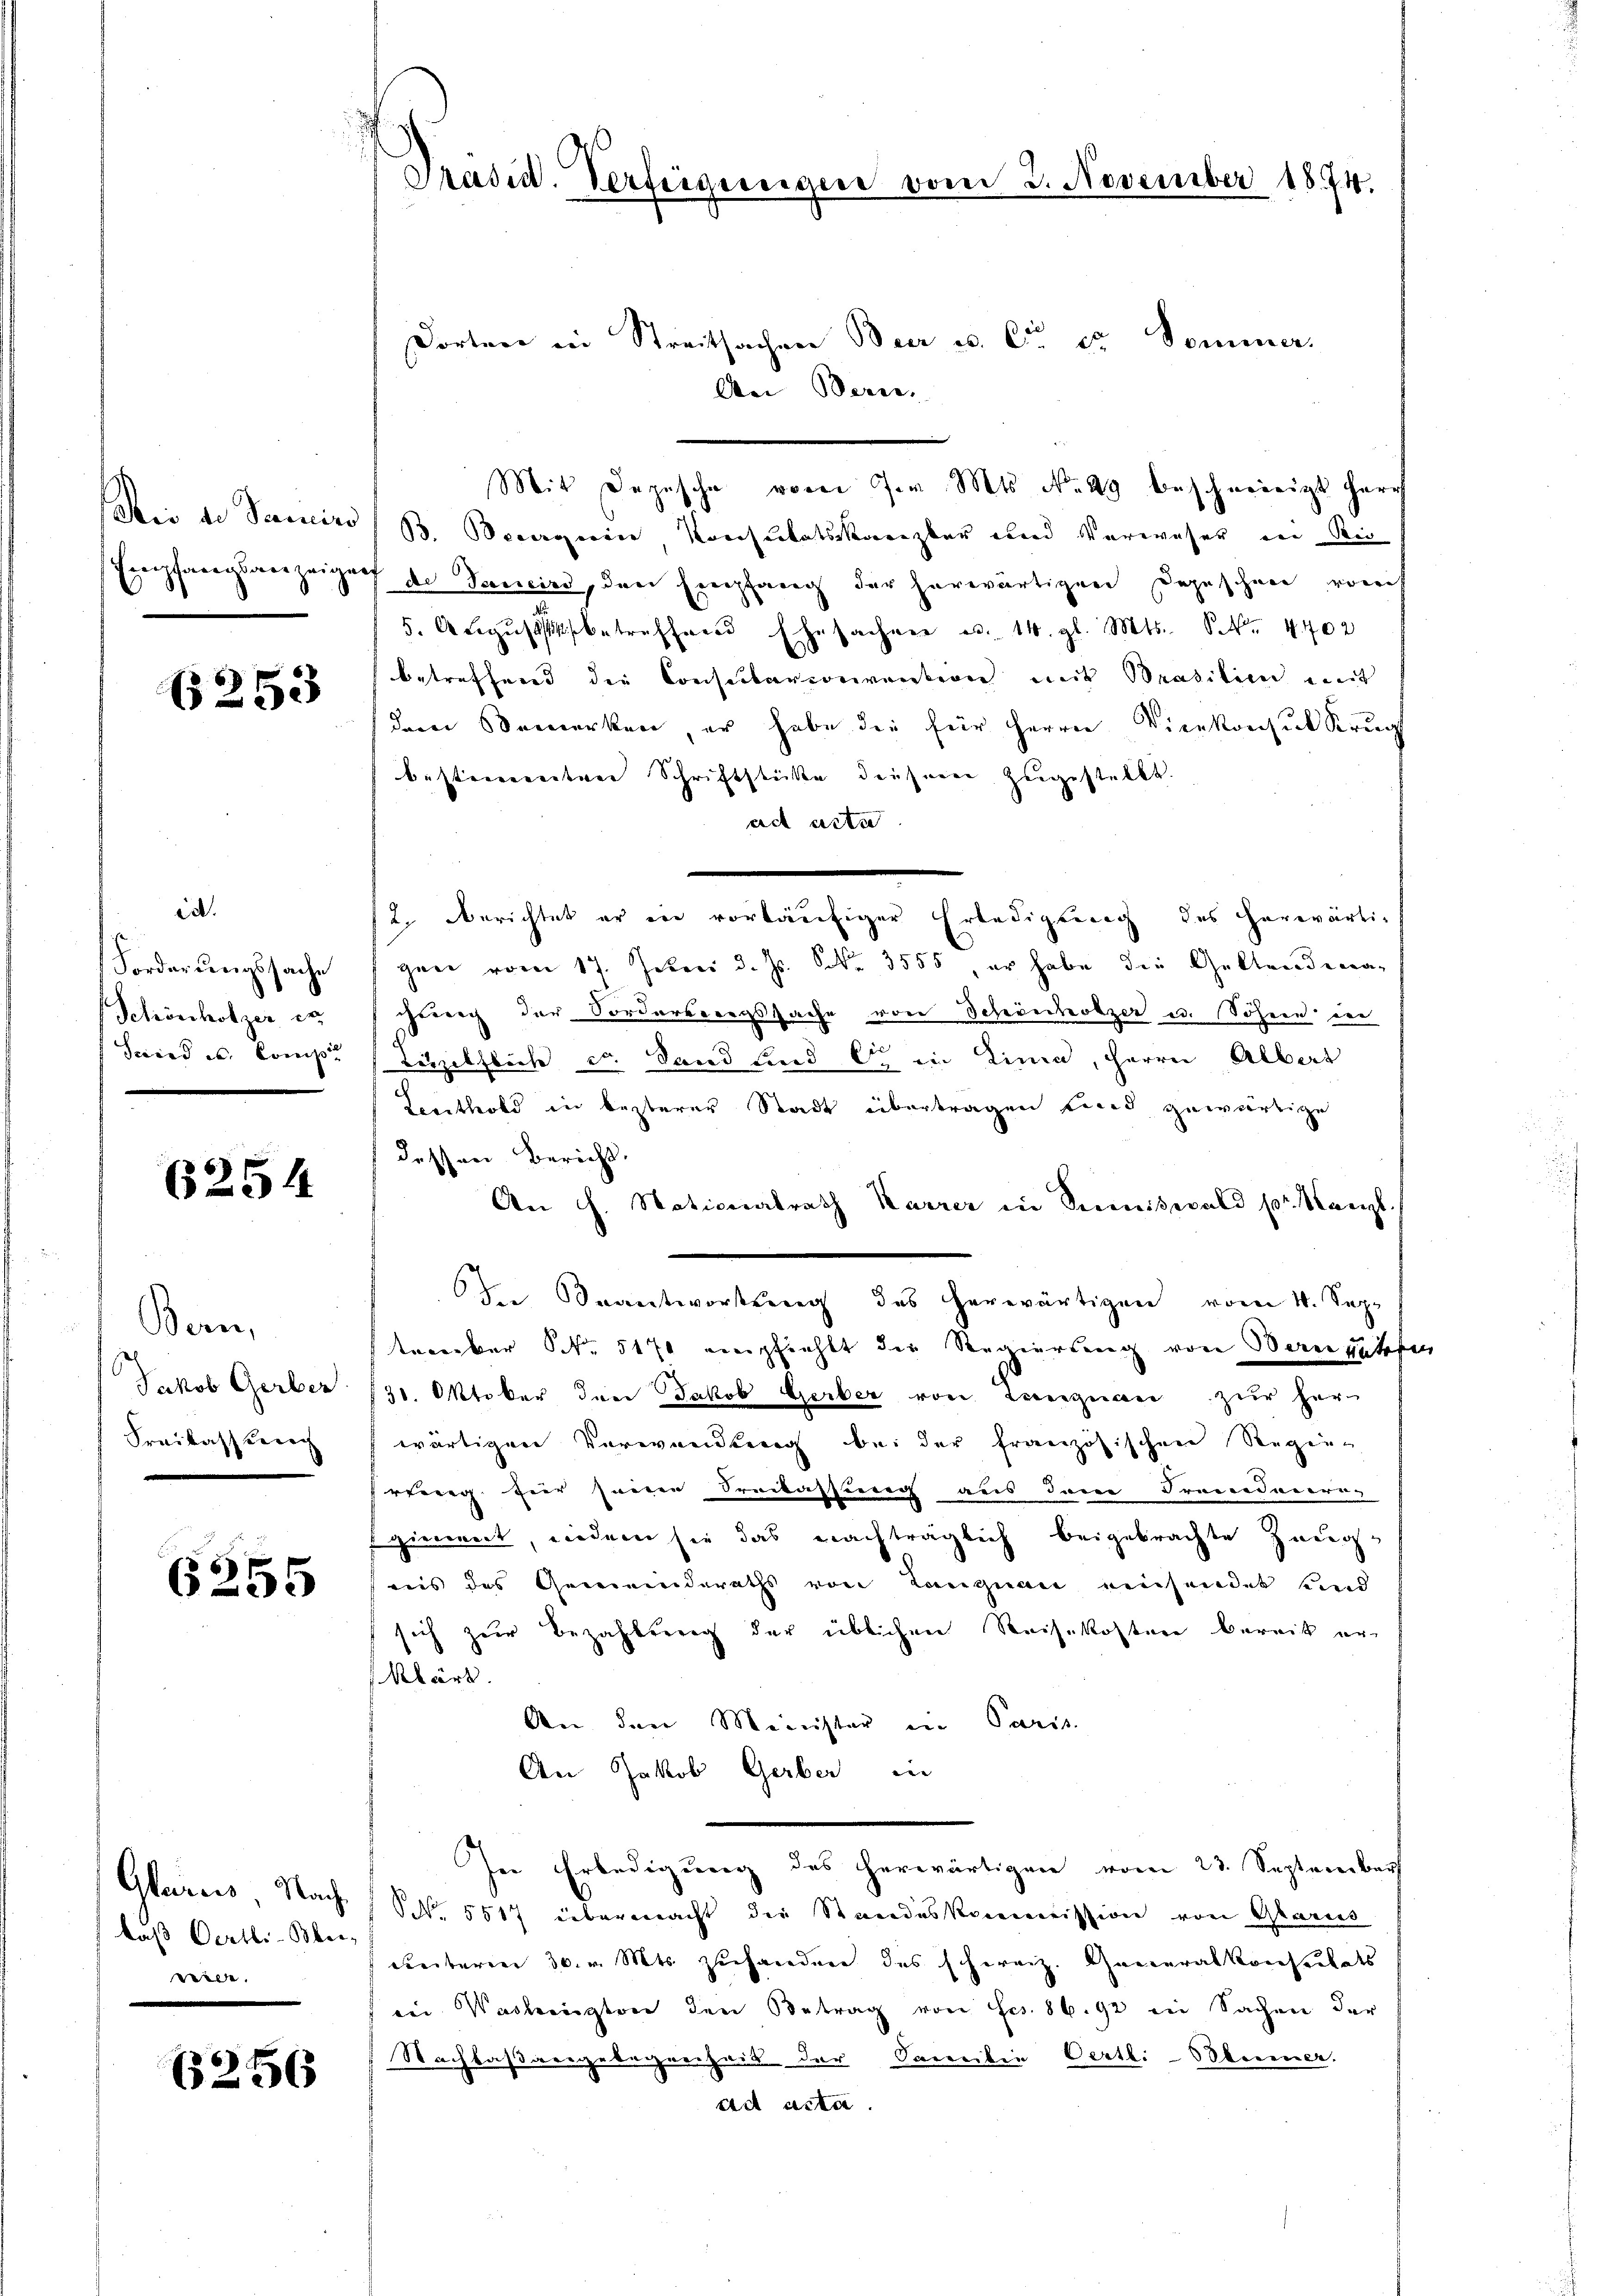
Seis de Semirs
Empfangsanzeige

(253

id.
Forderungssache
Schönholzer et
Seid es. Comp.

6254

Bern,
Jakob Gerber
Freilassung

6255

Glarus Nach
daß Oertli-Blei-
wiede

6256

Präsid. Verfügungen vom 2. November 1874.

Dorten in Streitsachen Beer u. Ce dr Sommer.
An Bern.
Mit Depesche vom J. Mts. No 49 beschweinigt harr
33. Decorgerin, Konsulatskanzler und Verweser in Rec
 de Janeird, den Empfang der herwärtigen Depeschen voreif
5. Aŭgŭst betreffend Ehesachen u. 14. gl. Mts. S. 4402
betreffend die Consurbarorverstern mit Brasilien mit
dem Bemerken er habe die für Herrn Vicekonsul Kruch
bestimmten Schriftstückte dieserer zugestellt.
ad acta
2. berichtet er in vorläufiger Erledigung des herwärti-
gen vom 17. Jetri d. Js. S. 3555, er habe die Geltendenachtung der Forderbergssache von Schönholzer u. Söhne die
Züzilflich so. Sand lind er in Lina, Herrn Albert
Leuthold in besterer Stadt übertragen sind gewärtige
dessen Bericht.
An h. Nationalrath Karrer in Summiswald pr. Kanzl.
der Beantwortung des herwärtigen vom 4. Sep¬
Necember S. 517 empfiehlt die Regierung von Bernhatten
31. Oktober den Jakob Gerber von Langnau zur her-
wärtigen Verwendung bei der französischen Regieeg für seine Seilassung aus deine Franederru
fierrret, indem sie das nachträglich beigebrachte Zeugais des Gemeinderaths von Langnau einsendet sind
sich zur Bezahlberg der üblichen Reisekosten bereit er-
klärt.
An den Minister ein Paris
An Jakob Gerber in
Ie Erledigung des herwärtigen vom 23. September
NNr. 5517 übermacht die Standeskommission von Glarus
Freiterner 30. v. Mts. zuhanden des schweiz. Generalkonsulats
in Washington den Betrag von Frs. 86. 92 in Sachen der
Nachbasvergebegrechnis der Familie Oertli-Blumer.
eiet acta